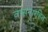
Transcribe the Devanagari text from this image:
वासनारहित